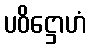
ပဝိဋ္ဌောဟံ